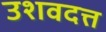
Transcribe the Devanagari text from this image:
उशवदत्त